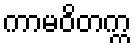
ကာမဝိတက္က